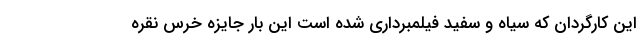
این کارگردان که سیاه و سفید فیلمبرداری شده است این بار جایزه خرس نقره